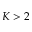
K > 2